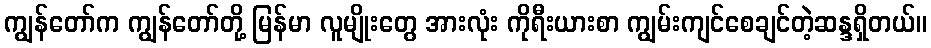
ကျွန်တော်က ကျွန်တော်တို့ မြန်မာ လူမျိုးတွေ အားလုံး ကိုရီးယားစာ ကျွမ်းကျင်စေချင်တဲ့ဆန္ဒရှိတယ်။